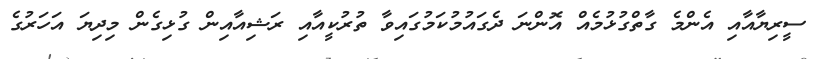
ސީރިޔާއާއި އެންމެ ގާތްގުޅުމެއް އޮންނަ ދެގައުމުކަމުގައިވާ ތުރުކީއާއި ރަޝިއާއިން ގުޅިގެން މިދިޔަ އަހަރުގެ